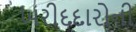
ખરીદદારોની